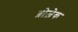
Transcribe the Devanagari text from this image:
ब्रोज़ेक